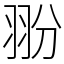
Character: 翂